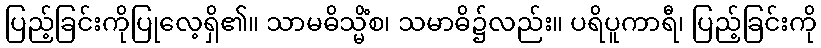
ပြည့်ခြင်းကိုပြုလေ့ရှိ၏။ သာမဓိသ္မိံစ၊ သမာဓိ၌လည်း။ ပရိပူကာရီ၊ ပြည့်ခြင်းကို